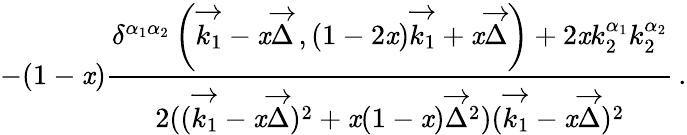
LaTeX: -(1-\mathit{x})\frac{{\delta^{\alpha_{1}\alpha_{2}}\left(\overrightarrow{{k_{1}}}-\mathit{x}\overrightarrow{{\Delta}}\, ,(1-2\mathit{x})\overrightarrow{{k_{1}}}+\mathit{x}\overrightarrow{{\Delta}}\right)+2\mathit{x}k_{2}^{\alpha_{1}}k_{2}^{\alpha_{2}}}}{{2((\overrightarrow{{k_{1}}}-\mathit{x}\overrightarrow{{\Delta}})^{2}+\mathit{x}(1-\mathit{x})\overrightarrow{{\Delta}}^{2})(\overrightarrow{{k_{1}}}-\mathit{x}\overrightarrow{{\Delta}})^{2}}}\, .